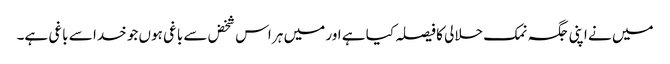
میں نے اپنی جگہ نمک حلالی کا فیصلہ کیا ہے اور میں ہر اس شخض سے باغی ہوں جو خدا سے باغی ہے۔